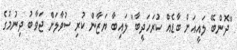
"ދޮންބޭ ލައީއަށް ބާޑެއް ކުރަހަދީބާ" ލައިބާ ޔަޒާން ކުރި ސުވާލަށް ޖަވާބު ދިނުމުގެ